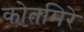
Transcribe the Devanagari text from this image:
कोतमिरे